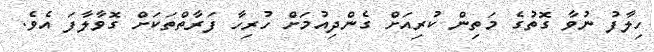
ހިލާފު ނުވާ ގޮތުގެ މަތިން ކުރިއަށް ގެންދިއުމަށް ހުރިހާ ފަރާތްތަކަށް ގޮވާލާފަ އެވެ.